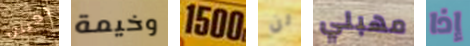
تعيين وخيمة 1500 لن مهبلي إذا